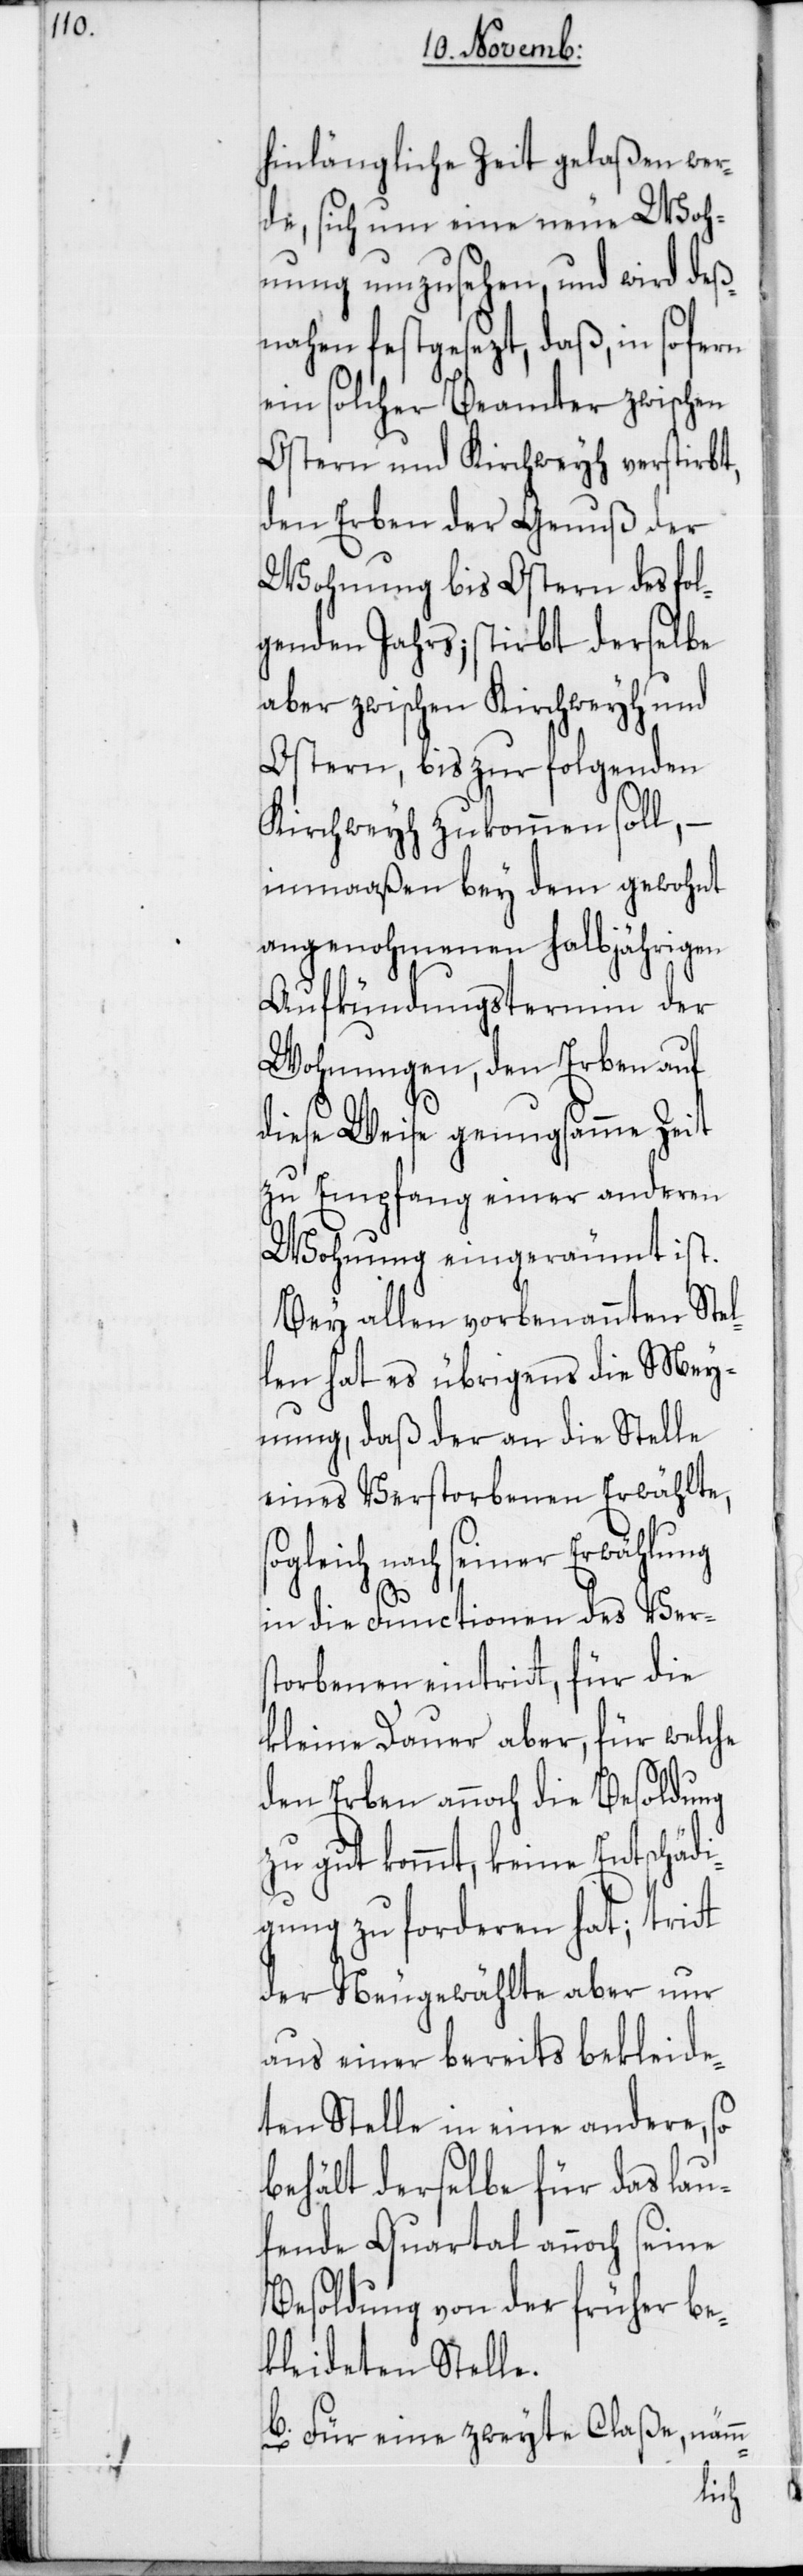
hinlängliche Zeit gelaßen wer¬
de, sich um eine neue Woh¬
nung umzusehen, und wird deß¬
nahen festgesezt, daß, in so fern
ein solcher Beamter zwischen
Ostern und Kirchweyh verstirbt,
den Erben der Genuß der
Wohnung bis Ostern des fol¬
genden Jahrs; stirbt derselbe
aber zwischen Kirchweyh und
Ostern, bis zur folgenden
Kirchweyh zukommen soll, –
inmaaßen bey dem gewohnt
angenohmenen halbjährigen
Aufkündungstermin der
Wohnungen, den Erben auf
diese Weise genugsamme Zeit
zu Empfang einer anderen
Wohnung eingeräumt ist.
Bey allen vorbenannten Stel¬
len hat es übrigens die Mey¬
nung, daß der an die Stelle
eines Verstorbenen Erwählte,
gleich nach seiner Erwählung
in die Functionen des Ver¬
storbenen eintritt, für die
kleine Dauer aber, für welche
den Erben annoch die Besoldung
zu gut kommt, keine Entschäd¬
igung zu forderen hat; tritt
der Neugewählte aber nur
aus einer bereits bekleide¬
ten Stelle in eine andere, so
behält derselbe für das lau¬
fende Quartal annoch seine
Besoldung von der früher be¬
kleideten Stelle.
b. Für eine zweyte Claße, nämm-
so¬